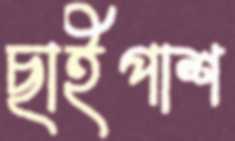
ছাইপাশ